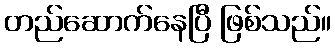
တည်ဆောက်နေပြီ ဖြစ်သည်။